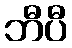
ဘီပီ